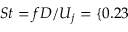
S t = f D / U _ { j } = \{ 0 . 2 3